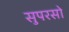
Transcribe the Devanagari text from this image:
सुपरसो